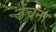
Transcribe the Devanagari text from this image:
जंचना